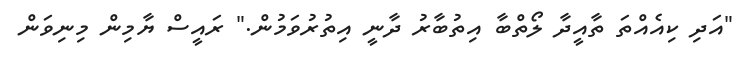
"އަދި ކިއެއްތަ ތާއީދާ ލޯތްބާ އިތުބާރު ދާނީ އިތުރުވަމުން." ރައީސް ޔާމިން މިނިވަން